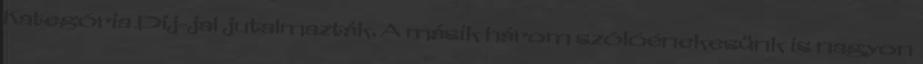
Kategória Díj-jal jutalmazták. A másik három szólóénekesünk is nagyon